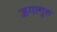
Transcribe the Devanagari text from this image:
जगत्गुरु